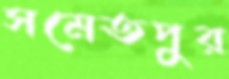
সমেতপুর